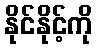
နိုင်နိုင့်ကို